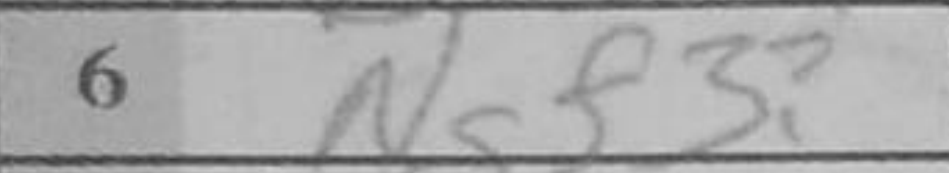
Transcription: Ngf3